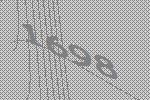
1698